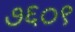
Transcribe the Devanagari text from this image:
७६०९